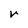
Character: v